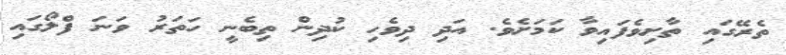
ތެރޭގައި ތާށިވެފައިވާ ކަމަށެވެ. އަދި ދިވެހި ކުދިން ތިބެނީ ހަތަރު ވަނަ ފްލޯގައި